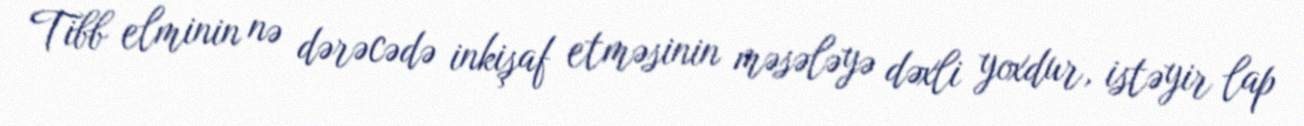
Tibb elminin nə dərəcədə inkişaf etməsinin məsələyə dəxli yoxdur, istəyir lap